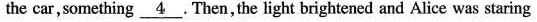
the car,something\underline{4} . Then, the light brightened and Alice was staring